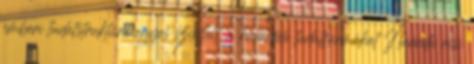
emberi tudatstruktúra egyes szintjeit, a különféle tudatformákat Narada risi